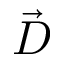
\vec { D }